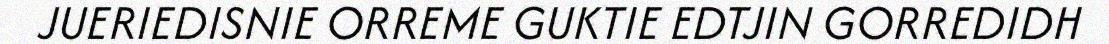
JUERIEDISNIE ORREME GUKTIE EDTJIN GORREDIDH